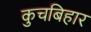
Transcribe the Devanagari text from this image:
कुचबिहार